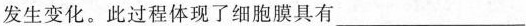
发生变化。此过程体现了细胞膜具有___